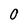
Character: 0